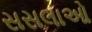
સસલાઓ